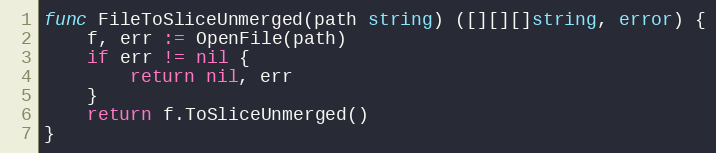
Language: Go
func FileToSliceUnmerged(path string) ([][][]string, error) {
	f, err := OpenFile(path)
	if err != nil {
		return nil, err
	}
	return f.ToSliceUnmerged()
}